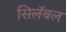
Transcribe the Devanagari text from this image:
सिलॅबल